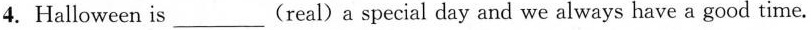
4. Halloween is___(real)a special day and we always have a good time.